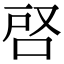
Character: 𭇪